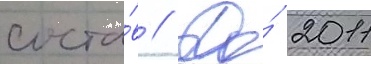
соста́в // До́ 2011